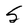
Character: S